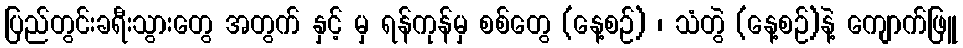
ပြည်တွင်းခရီးသွားတွေ အတွက် နှင့် မှ ရန်ကုန်မှ စစ်တွေ (နေ့စဉ်) ၊ သံတွဲ (နေ့စဉ်)နဲ့ ကျောက်ဖြူ